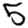
Digit: 5